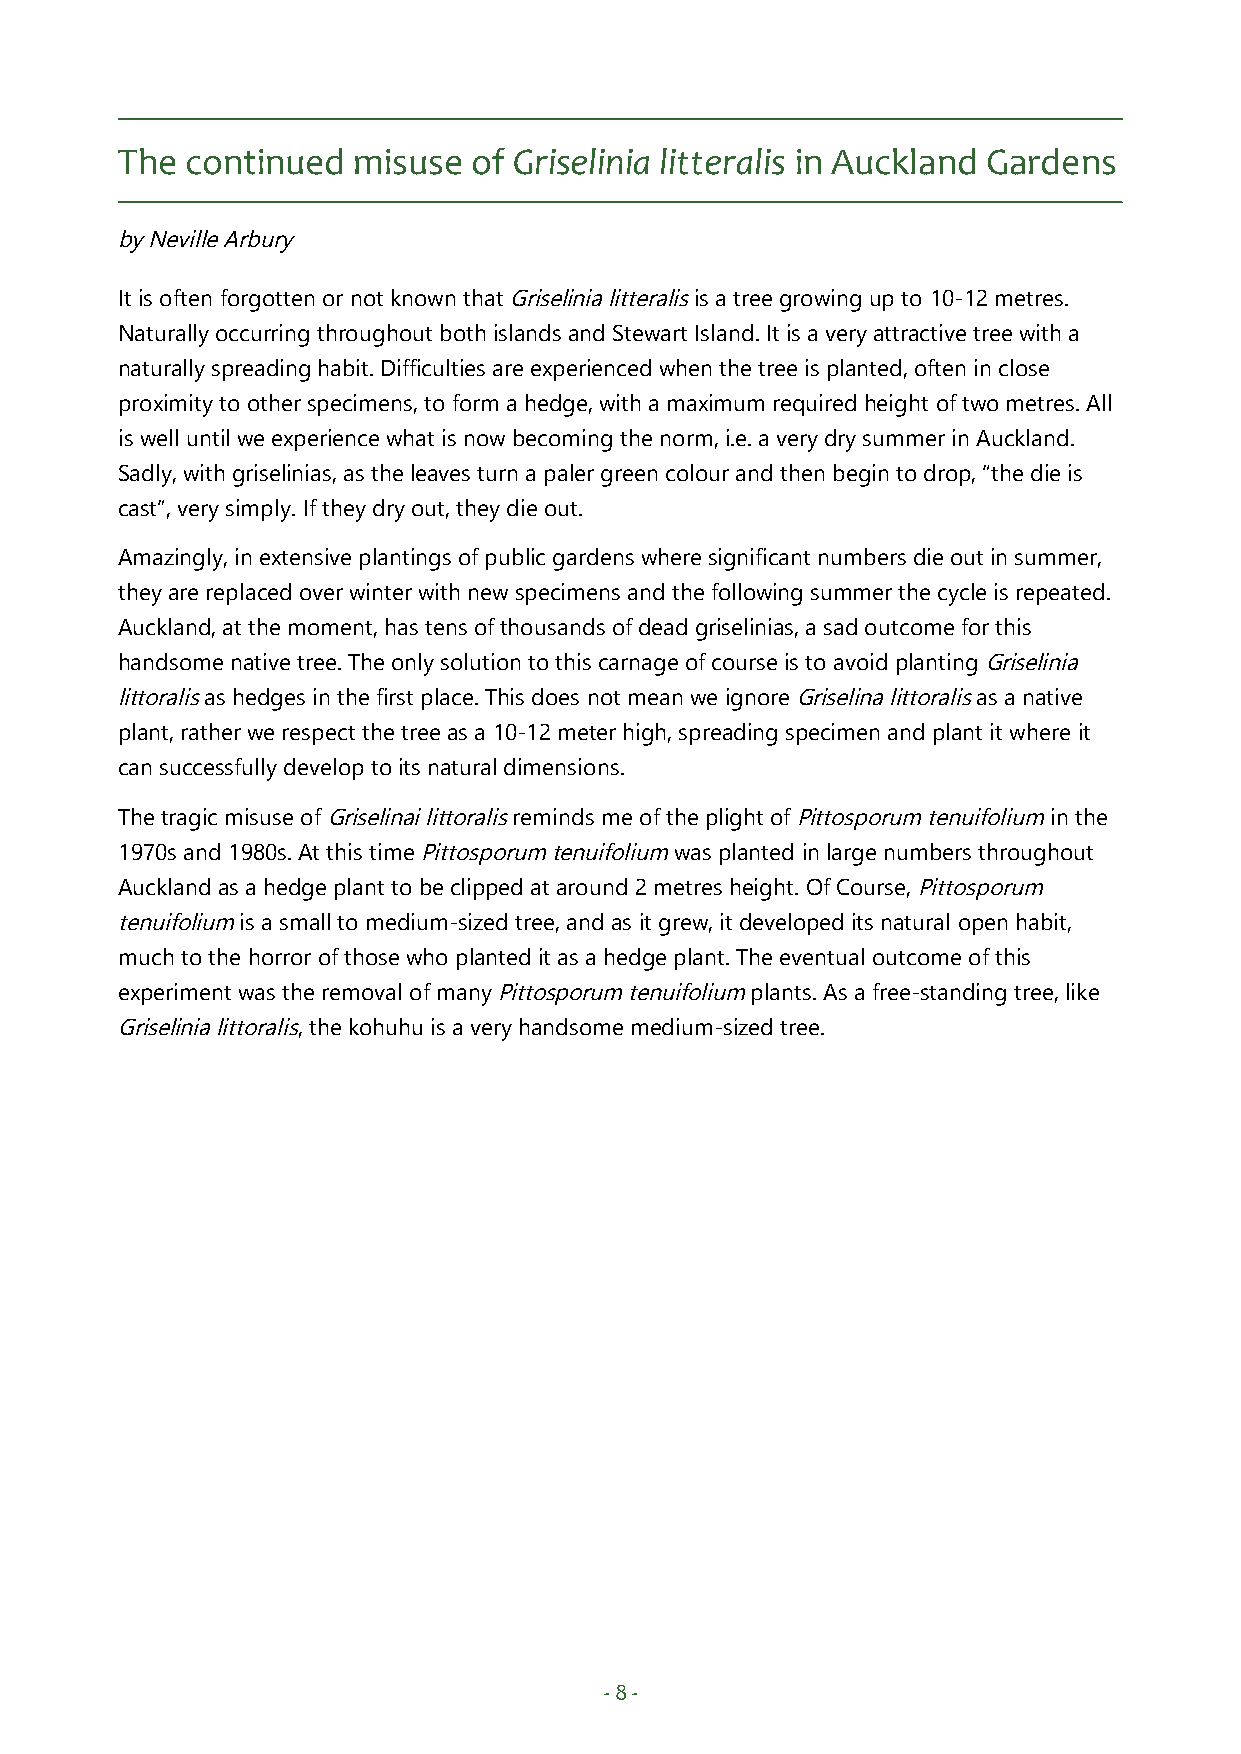
The continued  misuse  of Griselinia litteralis in Auckland Gardens
 by Neville Arbury
 It is often forgotten or not known that Griselinia litteralis is a tree growing up to 10-12 metres.
 Naturally occurring throughout both islands and Stewart Island. It is a very attractive tree with a
 naturally spreading habit. Difficulties are experienced when the tree is planted, often in close
 proximity to other specimens, to form a hedge, with a maximum required height of two metres. All
 is well until we experience what is now becoming the norm, i.e. a very dry summer in Auckland.
 Sadly, with griselinias, as the leaves turn a paler green colour and then begin to drop, “the die is
 cast”, very simply. If they dry out, they die out.
 Amazingly, in extensive plantings of public gardens where significant numbers die out in summer,
 they are replaced over winter with new specimens and the following summer the cycle is repeated.
 Auckland, at the moment, has tens of thousands of dead griselinias, a sad outcome for this
 handsome native tree. The only solution to this carnage of course is to avoid planting Griselinia
 littoralis as hedges in the first place. This does not mean we ignore Griselina littoralis as a native
 plant, rather we respect the tree as a 10-12 meter high, spreading specimen and plant it where it
 can successfully develop to its natural dimensions.
 The tragic misuse of Griselinai littoralis reminds me of the plight of Pittosporum tenuifolium in the
 1970s and 1980s. At this time Pittosporum tenuifolium was planted in large numbers throughout
 Auckland as a hedge plant to be clipped at around 2 metres height. Of Course, Pittosporum
 tenuifolium is a small to medium-sized tree, and as it grew, it developed its natural open habit,
 much to the horror of those who planted it as a hedge plant. The eventual outcome of this
 experiment was the removal of many Pittosporum tenuifolium plants. As a free-standing tree, like
 Griselinia littoralis, the kohuhu is a very handsome medium-sized tree.
 - 8 -